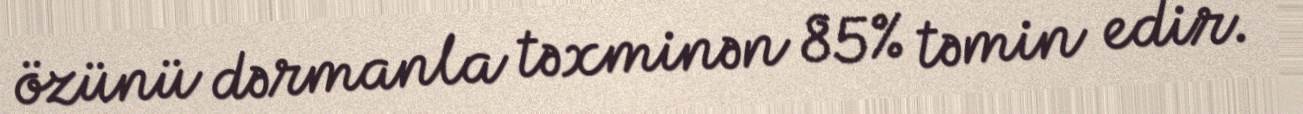
özünü dərmanla təxminən 85% təmin edir.